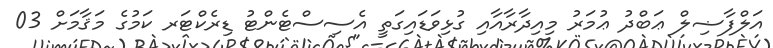
އަލްފާޟިލް ޢަބްދު ޢުމަރު މިއިދާރާއާއި ގުޅިވަޑައިގަތީ އެސިސްޓެންޓު ޑިރެކްޓަރ ކަމުގެ މަޤާމަށް 03